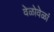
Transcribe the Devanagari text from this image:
वेळोवेळां